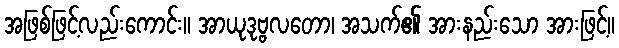
အဖြစ်ဖြင့်လည်းကောင်း။ အာယုဒုဗ္ဗလတော၊ အသက်၏ အားနည်းသော အားဖြင့်။